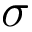
\sigma